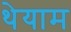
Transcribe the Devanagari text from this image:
थेयाम